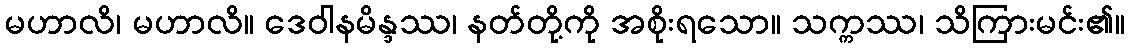
မဟာလိ၊ မဟာလိ။ ဒေဝါနမိန္ဒဿ၊ နတ်တို့ကို အစိုးရသော။ သက္ကဿ၊ သိကြားမင်း၏။